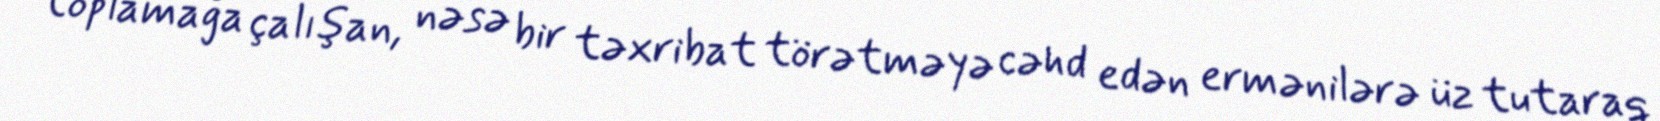
toplamağa çalışan, nəsə bir təxribat törətməyə cəhd edən ermənilərə üz tutaraq